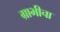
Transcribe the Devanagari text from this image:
ग्राभीचा